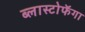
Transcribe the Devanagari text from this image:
ब्लास्टोफॅगा